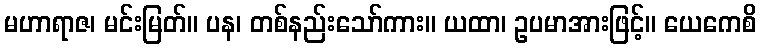
မဟာရာဇ၊ မင်းမြတ်။ ပန၊ တစ်နည်းသော်ကား။ ယထာ၊ ဥပမာအားဖြင့်။ ယေကေစိ